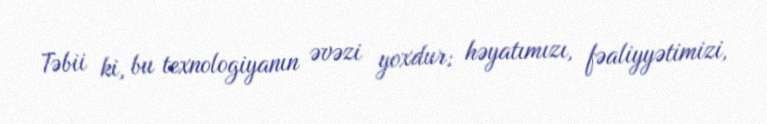
Təbii ki, bu texnologiyanın əvəzi yoxdur; həyatımızı, fəaliyyətimizi,